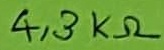
Text: 4,3KΩ